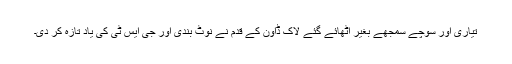
تیاری اور سوچے سمجھے بغیر اٹھائے گئے لاک ڈاؤن کے قدم نے نوٹ بندی اور جی ایس ٹی کی یاد تازہ کر دی۔